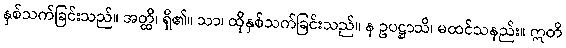
နှစ်သက်ခြင်းသည်။ အတ္ထိ၊ ရှိ၏။ သာ၊ ထိုနှစ်သက်ခြင်းသည်။ န ဥပဋ္ဌာသိ၊ မထင်သနည်း။ ဣတိ